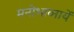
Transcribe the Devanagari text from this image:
मनोभाव्नायें